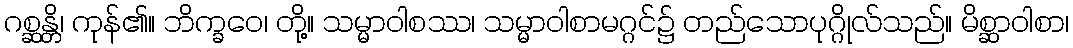
ဂစ္ဆန္တိ၊ ကုန်၏။ ဘိက္ခဝေ၊ တို့။ သမ္မာဝါစဿ၊ သမ္မာဝါစာမဂ္ဂင်၌ တည်သောပုဂ္ဂိုလ်သည်။ မိစ္ဆာဝါစာ၊